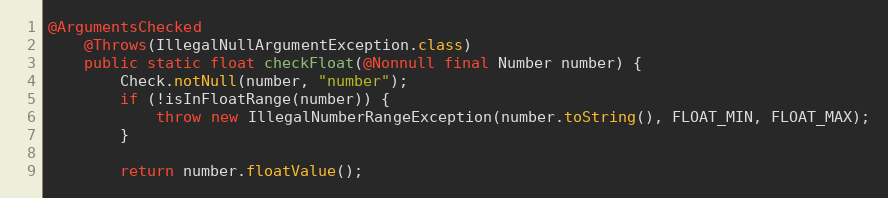
Language: Java
@ArgumentsChecked
	@Throws(IllegalNullArgumentException.class)
	public static float checkFloat(@Nonnull final Number number) {
		Check.notNull(number, "number");
		if (!isInFloatRange(number)) {
			throw new IllegalNumberRangeException(number.toString(), FLOAT_MIN, FLOAT_MAX);
		}

		return number.floatValue();